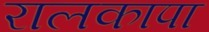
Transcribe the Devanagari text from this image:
रालकापा